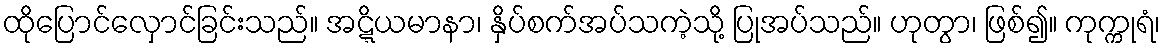
ထိုပြောင်လှောင်ခြင်းသည်။ အဋ္ဋိယမာနာ၊ နှိပ်စက်အပ်သကဲ့သို့ ပြုအပ်သည်။ ဟုတွာ၊ ဖြစ်၍။ ကုက္ကုရံ၊